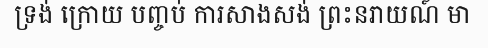
ទ្រង់ ក្រោយ បញ្ចប់ ការសាងសង់ ព្រះនរាយណ៍ មា